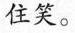
住笑。